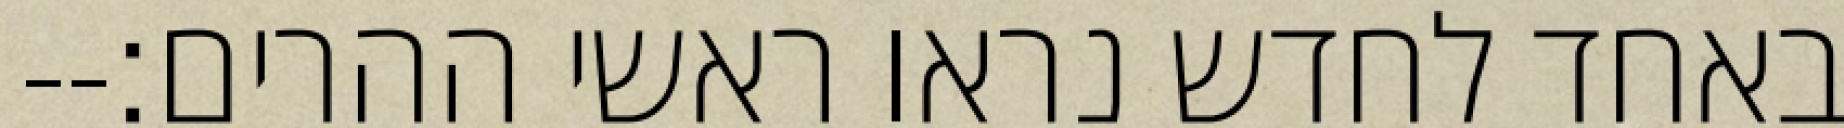
באחד לחדש נראו ראשי ההרים׃--